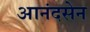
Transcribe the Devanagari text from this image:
आनंदसेन